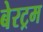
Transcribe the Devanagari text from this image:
बेरट्रम